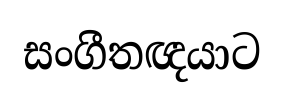
සංගීතඥයාට